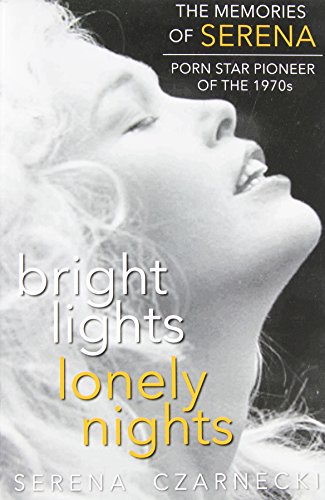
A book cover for Bright Lights, Lonely Nights - The Memories of Serena, Porn Star Pioneer of the 1970s; Serena Czarnecki; Politics & Social Sciences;